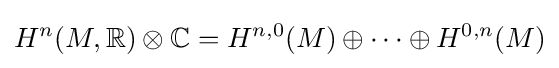
H^{n}(M,{\mathbb {R} })\otimes {\mathbb {C} }=H^{n,0}(M)\oplus \cdots \oplus H^{0,n}(M)